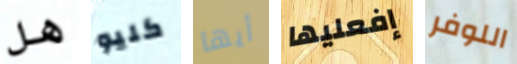
هل كليو أيها إفعليها اللوفر